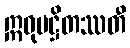
ဣဓုပဋ္ဌိတဿတီ